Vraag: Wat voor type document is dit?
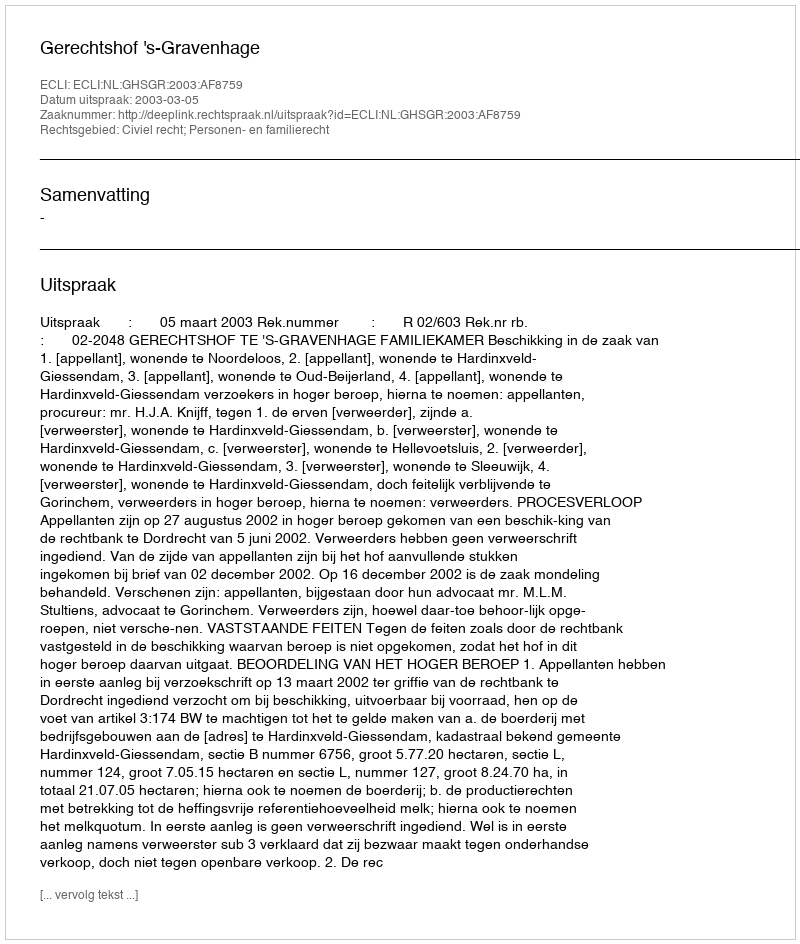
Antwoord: Uitspraak